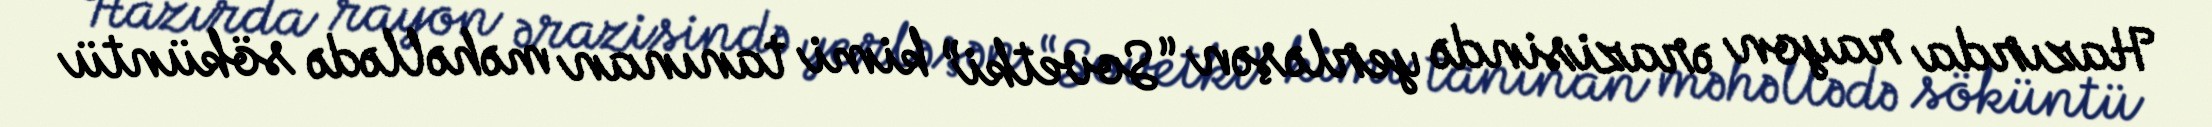
Hazırda rayon ərazisində yerləşən “Sovetki” kimi tanınan məhəllədə söküntü